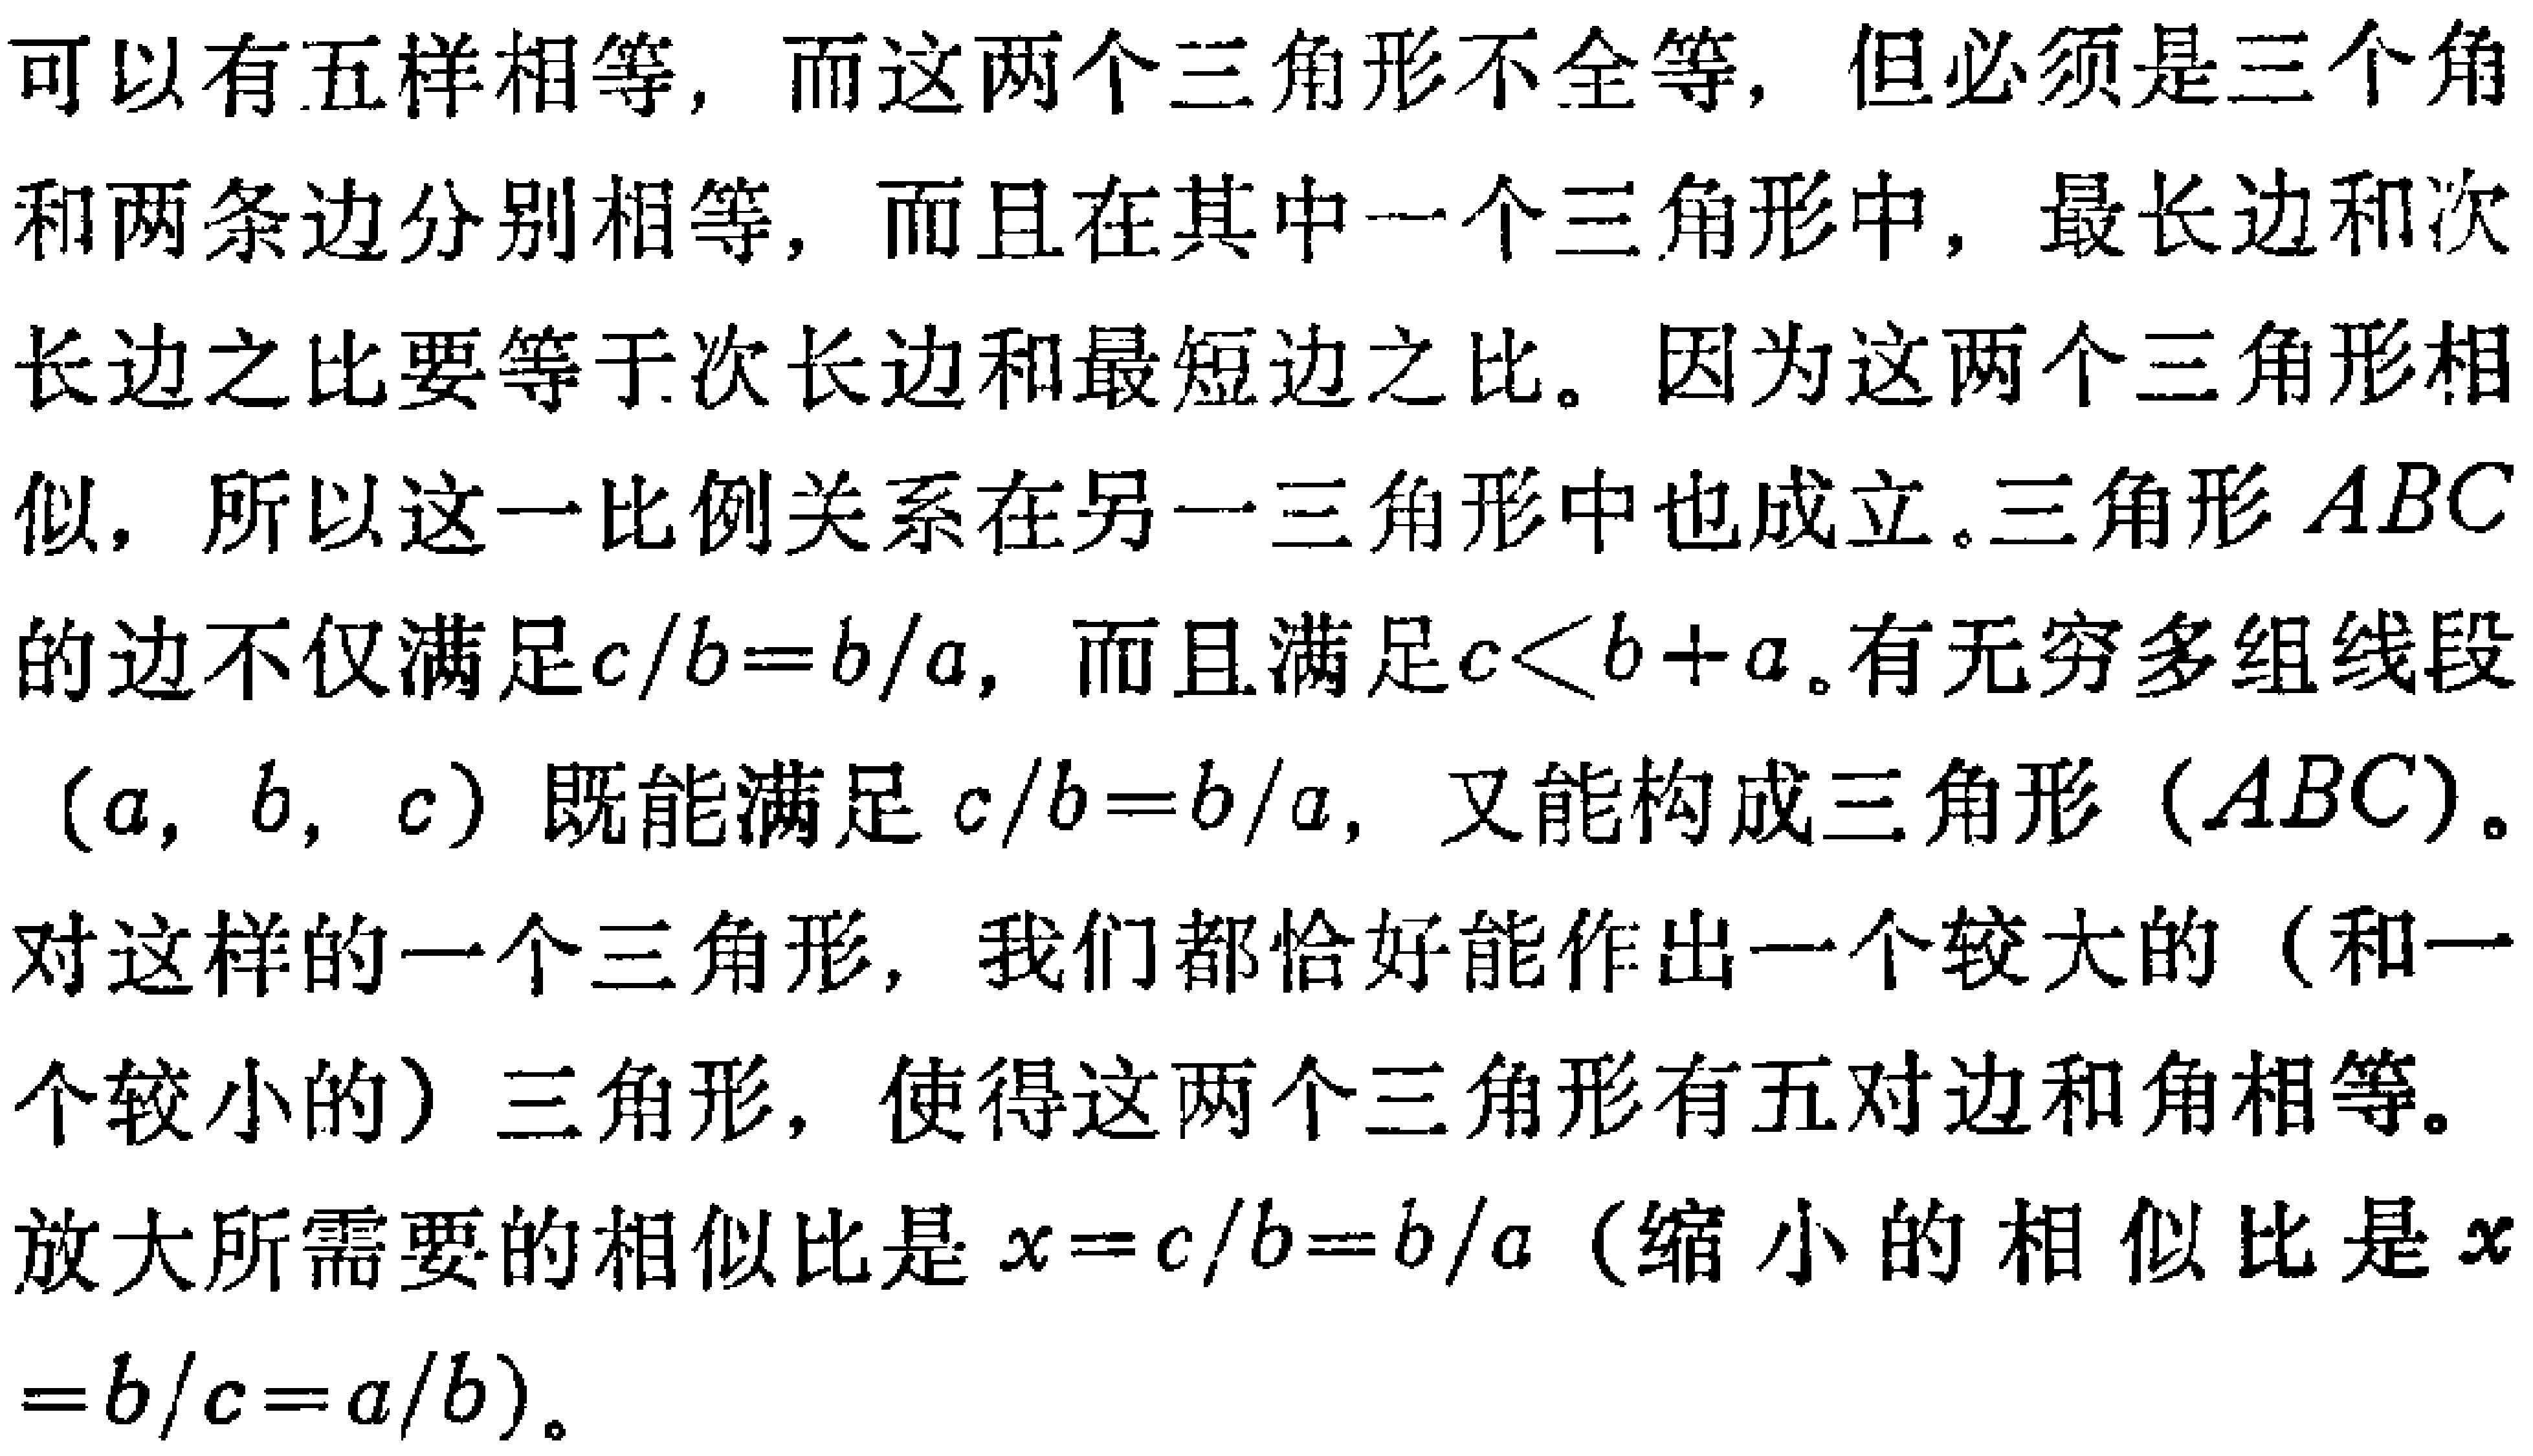
可以有五样相等，而这两个三角形不全等，但必须是三个角和两条边分别相等，而且在其中一个三角形中，最长边和次长边之比要等于次长边和最短边之比。因为这两个三角形相似，所以这一比例关系在另一三角形中也成立。三角形 \(ABC\) 的边不仅满足\(c/b = b/a\)，而且满足\(c < b + a\)。有无穷多组线段\((a, b, c)\)既能满足 \(c/b = b/a\)，又能构成三角形\((ABC)\)。对这样的一个三角形，我们都恰好能作出一个较大的（和一个较小的）三角形，使得这两个三角形有五对边和角相等。放大所需要的相似比是 \(x = c/b = b/a\)（缩小的相似比是 \(x = b/c = a/b\)）。